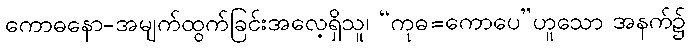
ကောဓနော-အမျက်ထွက်ခြင်းအလေ့ရှိသူ၊ “ကုဓ=ကောပေ”ဟူသော အနက်၌